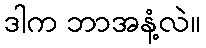
ဒါက ဘာအနံ့လဲ။